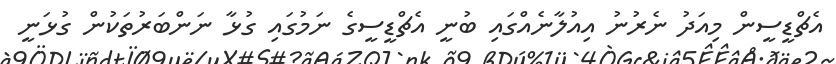
އެޗްޑީސީން މިއަދު ނެރުނު އިއުލާނެއްގައި ބުނީ އެޗްޑީސީގެ ނަމުގައި ގުޅާ ނަންބަރުތަކުން ގުޅަނީ